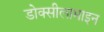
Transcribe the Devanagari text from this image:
डोक्सीलामाइन